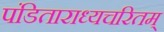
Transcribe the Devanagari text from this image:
पंडिताराध्यचरितम्